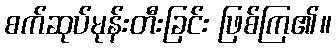
စက်ဆုပ်မုန်းတီးခြင်း ဖြစ်ကြ၏။